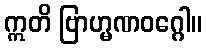
ဣတိ ဗြာဟ္မဏဝဂ္ဂေါ။